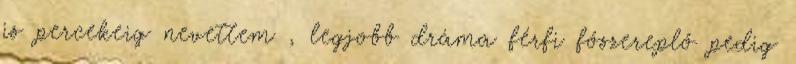
is percekeig nevettem , legjobb dráma férfi főszereplő pedig